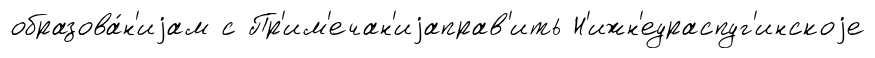
образова́н'иjам с Пр'им'ечан'иjаправ'ить Н'ижн'еураспуг'инскоjе